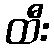
ထီး